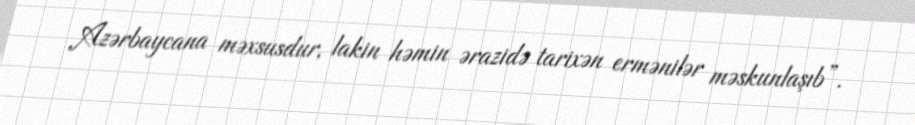
Azərbaycana məxsusdur, lakin həmin ərazidə tarixən ermənilər məskunlaşıb”.